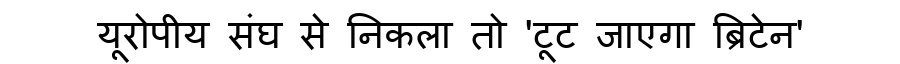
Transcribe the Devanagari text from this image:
यूरोपीय संघ से निकला तो 'टूट जाएगा ब्रिटेन'